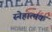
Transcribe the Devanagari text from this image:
स्नेहात्मक